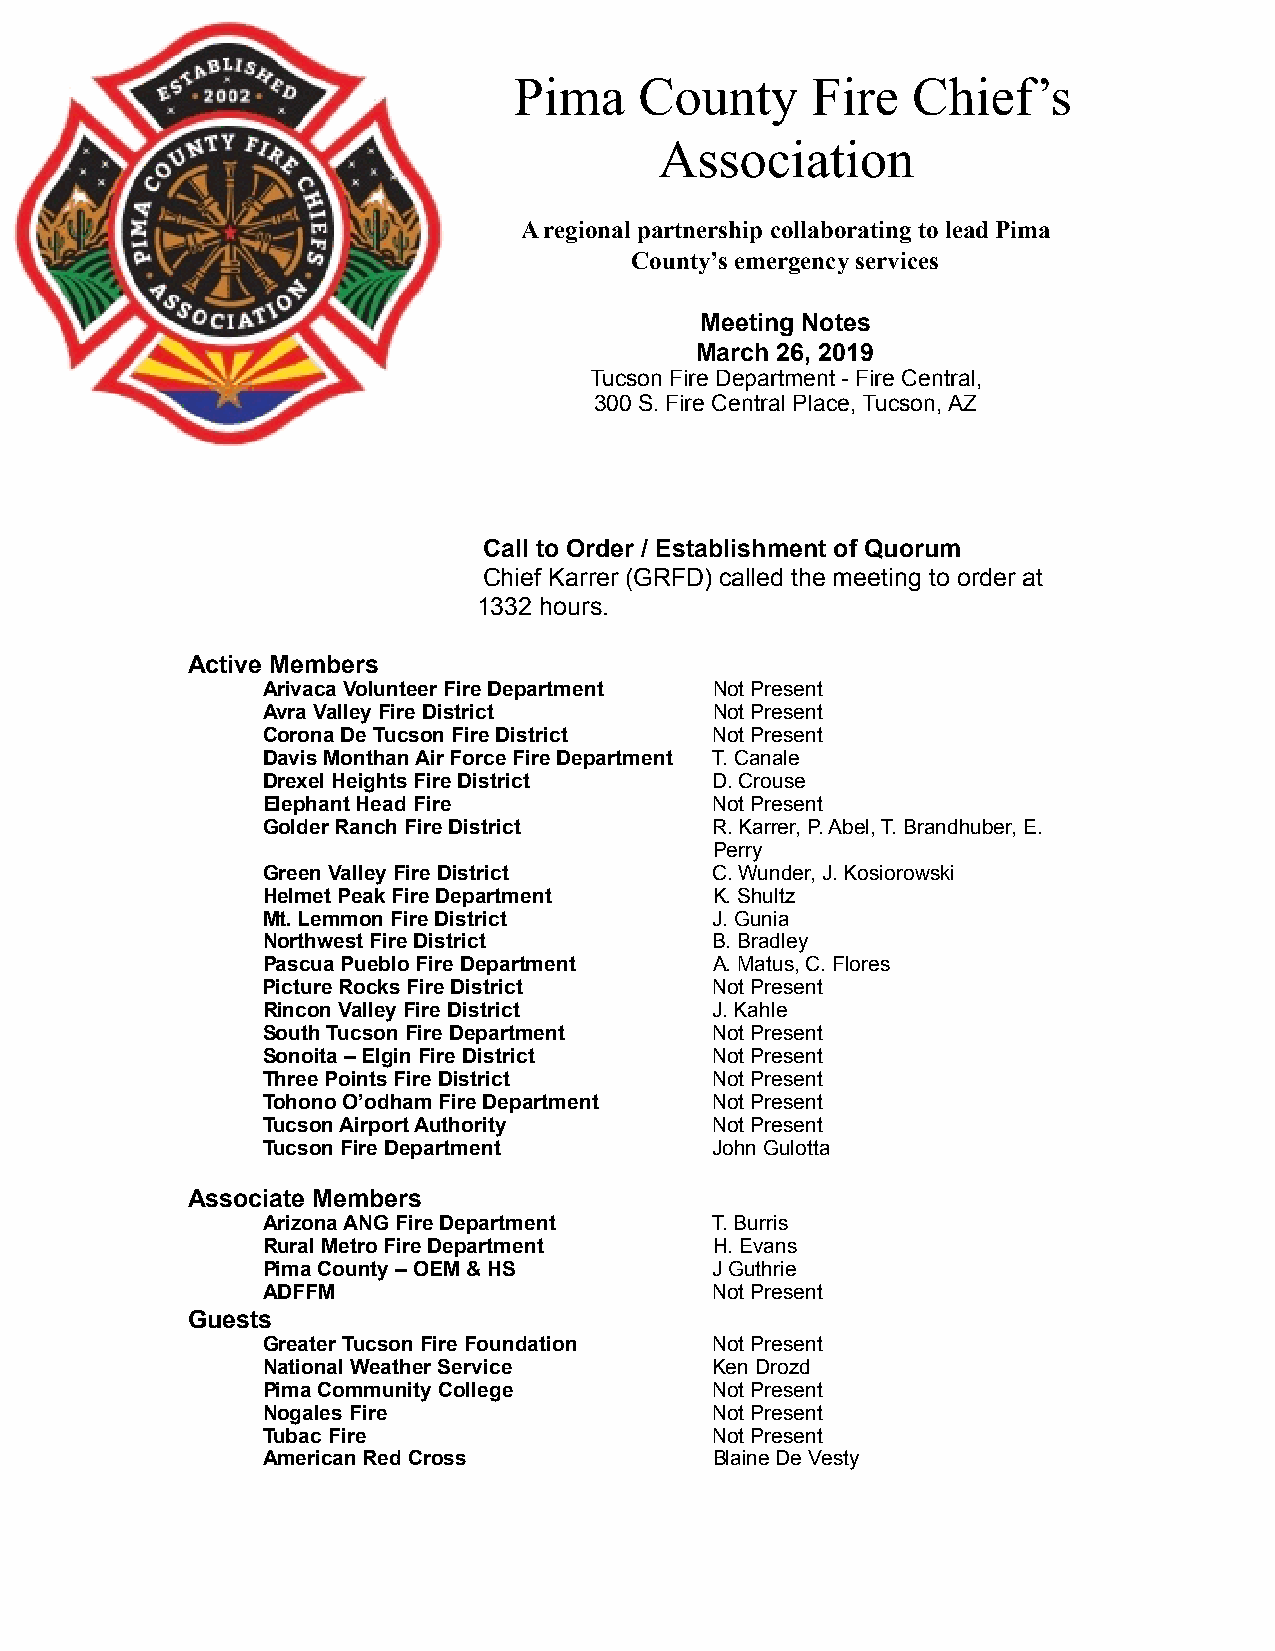
Pima    County      Fire  Chief’s
 Association
 A regional partnership collaborating to lead Pima
 County’s emergency services
 Meeting Notes
 March 26, 2019
 Tucson Fire Department - Fire Central,
 300 S. Fire Central Place, Tucson, AZ
 Call to Order / Establishment of Quorum
 Chief Karrer (GRFD) called the meeting to order at
 1332 hours.
 Active Members
 Arivaca Volunteer Fire Department Not Present
 Avra Valley Fire District     Not Present
 Corona De Tucson Fire District Not Present
 Davis Monthan Air Force Fire Department T. Canale
 Drexel Heights Fire District  D. Crouse
 Elephant Head Fire            Not Present
 Golder Ranch Fire District    R. Karrer, P. Abel, T. Brandhuber, E.
 Perry
 Green Valley Fire District    C. Wunder, J. Kosiorowski
 Helmet Peak Fire Department   K. Shultz
 Mt. Lemmon Fire District      J. Gunia
 Northwest Fire District       B. Bradley
 Pascua Pueblo Fire Department A. Matus, C. Flores
 Picture Rocks Fire District   Not Present
 Rincon Valley Fire District   J. Kahle
 South Tucson Fire Department  Not Present
 Sonoita – Elgin Fire District Not Present
 Three Points Fire District    Not Present
 Tohono O’odham Fire Department Not Present
 Tucson Airport Authority      Not Present
 Tucson Fire Department        John Gulotta
 Associate Members
 Arizona ANG Fire Department   T. Burris
 Rural Metro Fire Department   H. Evans
 Pima County – OEM & HS        J Guthrie
 ADFFM                         Not Present
 Guests
 Greater Tucson Fire Foundation Not Present
 National Weather Service      Ken Drozd
 Pima Community College        Not Present
 Nogales Fire                  Not Present
 Tubac Fire                    Not Present
 American Red Cross            Blaine De Vesty